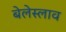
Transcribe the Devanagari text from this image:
बेलेस्लाव